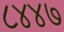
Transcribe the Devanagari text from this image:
८४४७